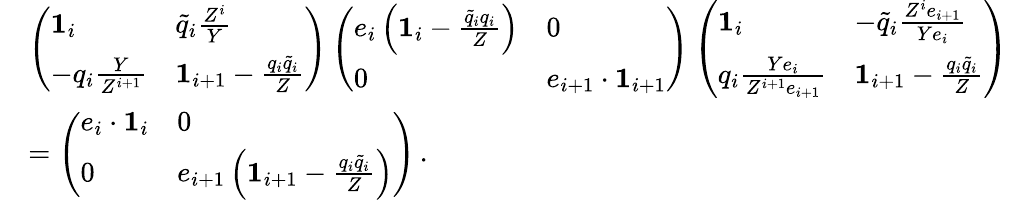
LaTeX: \begin{array}{rl}&{\left(\begin{array}{ll}{\mathbf{1}_{i}}&{\widetilde{q}_{i}\frac{Z^{i}}{Y}}\\ {-q_{i}\frac{Y}{Z^{i+1}}}&{\mathbf{1}_{i+1}-\frac{q_{i}\widetilde{q}_{i}}{Z}}\end{array}\right)\left(\begin{array}{ll}{e_{i}\left(\mathbf{1}_{i}-\frac{\widetilde{q}_{i}q_{i}}{Z}\right)}&{0}\\ {0}&{e_{i+1}\cdot\mathbf{1}_{i+1}}\end{array}\right)\left(\begin{array}{ll}{\mathbf{1}_{i}}&{-\widetilde{q}_{i}\frac{Z^{i}e_{i+1}}{Ye_{i}}}\\ {q_{i}\frac{Ye_{i}}{Z^{i+1}e_{i+1}}}&{\mathbf{1}_{i+1}-\frac{q_{i}\widetilde{q}_{i}}{Z}}\end{array}\right)}\\ &{=\left(\begin{array}{ll}{e_{i}\cdot\mathbf{1}_{i}}&{0}\\ {0}&{e_{i+1}\left(\mathbf{1}_{i+1}-\frac{q_{i}\widetilde{q}_{i}}{Z}\right)}\end{array}\right)\, .}\end{array}